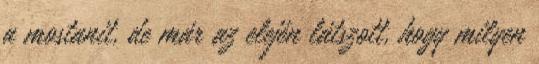
a mostanit, de már az elején látszott, hogy milyen